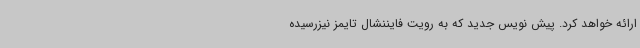
ارائه خواهد کرد. پیش نویس جدید که به رویت فایننشال تایمز نیزرسیده